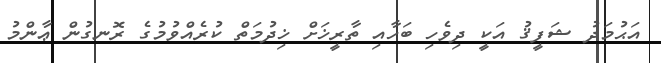
އަޙުމަދު ޝަފީޤު އަކީ ދިވެހި ބަހާއި ތާރީޚަށް ޚިދުމަތް ކުރެއްވުމުގެ ރޮނގުން ޢާންމު